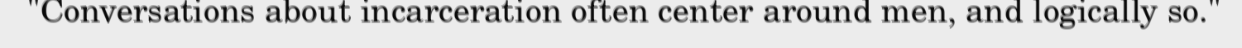
"Conversations about incarceration often center around men, and logically so."